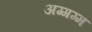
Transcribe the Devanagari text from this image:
अग्गम्म